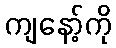
ကျနော့်ကို